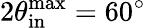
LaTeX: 2\theta_{\mathrm{in}}^{\mathrm{max}}=60^{\circ}